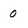
Character: 0